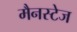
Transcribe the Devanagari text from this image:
मैनस्टेज